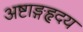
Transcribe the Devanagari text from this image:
अष्टाङ्गहृदय